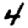
Digit: 4